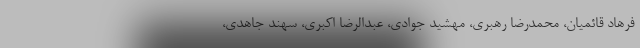
فرهاد قائمیان، محمدرضا رهبری، مهشید جوادی، عبدالرضا اکبری، سهند جاهدی،